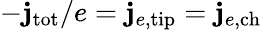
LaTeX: -\mathbf{j}_{\mathrm{{tot}}}/e=\mathbf{j}_{e,\mathrm{{tip}}}=\mathbf{j}_{e,\mathrm{{ch}}}